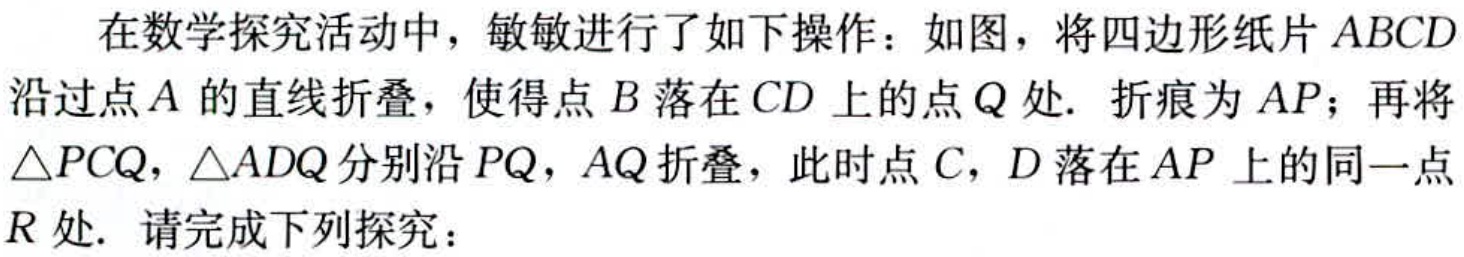
在数学探究活动中，敏敏进行了如下操作：如图，将四边形纸片 \(ABCD\) 沿过点 \(A\) 的直线折叠，使得点 \(B\) 落在 \(CD\) 上的点 \(Q\) 处. 折痕为 \(AP\)；再将 \(\triangle PCQ\)，\(\triangle ADQ\) 分别沿 \(PQ\)，\(AQ\) 折叠，此时点 \(C\)，\(D\) 落在 \(AP\) 上的同一点 \(R\) 处. 请完成下列探究：